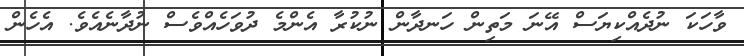
ވާހަކަ ނުދެއްކިޔަސް އޭނަ މަތިން ހަނދާން ނުކުރާ އެންމެ ދުވަހެއްވެސް ނުދާނެއެވެ. އެހެން